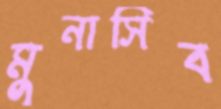
মুনাসিব